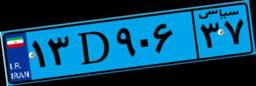
۴۰D۳۶۵۰۴